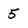
Character: 5